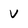
Character: V